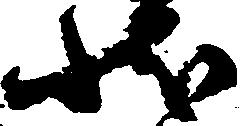
状